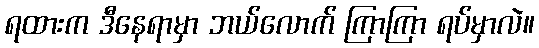
ရထားက ဒီနေရာမှာ ဘယ်လောက် ကြာကြာ ရပ်မှာလဲ။